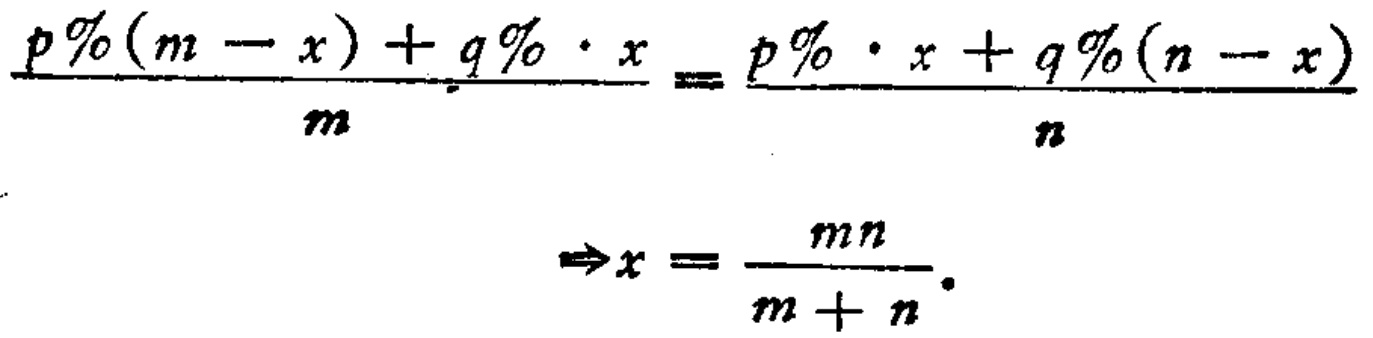
\[\frac{p\%(m - x)+q\%\cdot x}{m}=\frac{p\%\cdot x + q\%(n - x)}{n}\]
\[\Rightarrow x=\frac{mn}{m + n}.\]